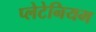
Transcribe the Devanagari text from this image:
प्लेटेनियम